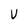
Character: V